Annual report on the Civil Veterinary Department, Burma (including the Insein Veterinary School) - 1910-1922
Year: 1910
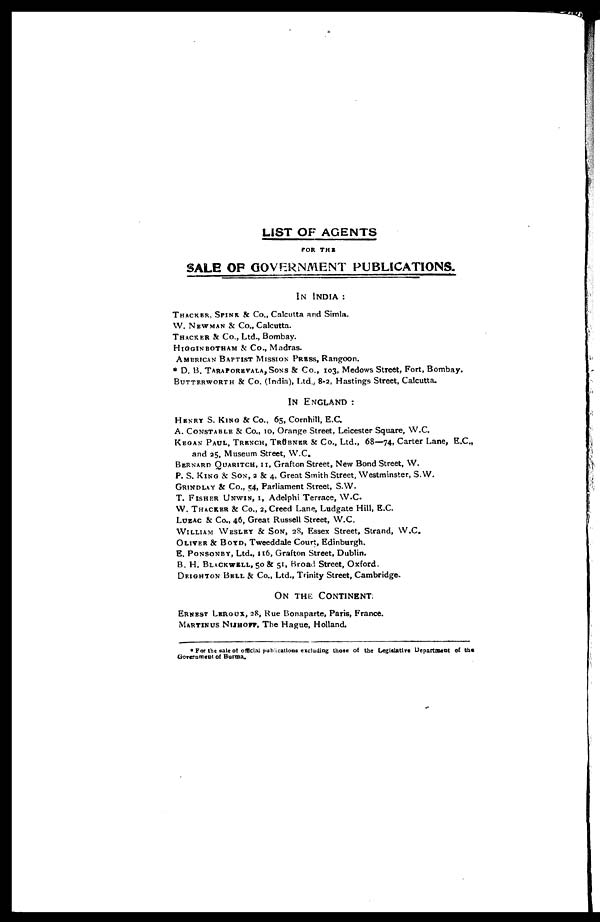
LIST OF AGENTS
FOR THE
SALE OP GOVERNMENT PUBLICATIONS.
IN INDIA :
THACKER, SPINK & Co., Calcutta and Simla.
W. NEWMAN & Co., Calcutta.
THACKER & Co., Ltd., Bombay.
HIGGINBOTHAM & Co., Madras.
AMERICAN BAPTIST MISSION PRESS, Rangoon.
* D. B. TARAPOREVALA, SONS & Co., 103, Medows Street, Fort, Bombay.
BUTTERWORTH & Co. (India), Ltd., 8-2, Hastings Street, Calcutta.
IN ENGLAND :
HENRY S. KING & Co., 65, Cornhill, E.C.
A. CONSTABLE & Co., 10, Orange Street, Leicester Square, W.C.
KEGAN PAUL, TRENCH, TRÜBNER & Co., Ltd., 68—74, Carter Lane, E.C.,
and 35, Museum Street, W.C.
BERNARD QUARITCH, 11, Grafton Street, New Bond Street, W.
P. S. KING & SON, 2 & 4, Great Smith Street, Westminster, S.W.
Grindlay & Co., 54, Parliament Street, S.W.
T. FISHER UNWIN, 1, Adelphi Terrace, W.C.
W. THACKER & Co., 2, Creed Lane, Ludgate Hill, E.C.
LUZAC & Co., 46, Great Russell Street, W.C.
WILLIAM WESLEY & SON, 28, Essex Street, Strand, W.C.
OLIVER & BOYD, Tweeddale Court, Edinburgh.
B. PONSONBY, Ltd., 116, Grafton Street, Dublin.
B. H. BLACKWELL, 50 8c 51, Broad Street, Oxford.
DRIGHTON BELL & Co., Ltd., Trinity Street, Cambridge.
ON THE CONTINENT:
ERNEST LEROUX, 28, Rue Bonaparte, Paris, France.
MARTINUS NIJHOFF, The Hague, Holland.
*For the sale of offcial publications excluding those of the Legislative Department of the
Government of Burma.